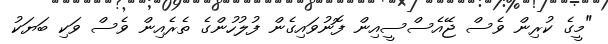
"މީގެ ކުރިން ވެސް ޖޭއެސްސީއިން ފޮނުވައިގެން ފުލުހުންގެ ތެރެއިން ވެސް ވަކި ބަޔަކު